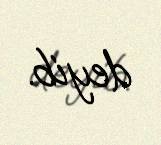
deyib.